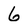
Character: 6